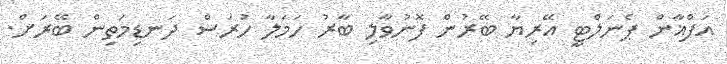
އަފްޣާން ޕެނަލްޓީ އޭރިޔާ ބޭރުން ފޮނުވާލި ބާރު ހަމަލާ ހުރަސް ދަނޑިމަތިން ބޭރަށް.